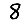
Digit: 8